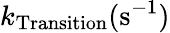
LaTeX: k_{\mathrm{Transition}}(\mathrm{s}^{-1})